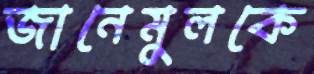
জানেমুলকে